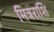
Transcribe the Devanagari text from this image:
मित्रराशि